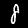
Label: 8